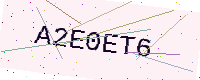
Text: A2E0ET6